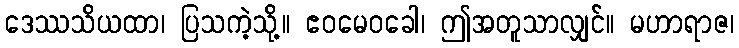
ဒေဿသိယထာ၊ ပြသကဲ့သို့။ ဧဝမေဝခေါ၊ ဤအတူသာလျှင်။ မဟာရာဇ၊